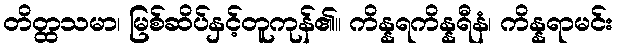
တိတ္ထသမာ၊ မြစ်ဆိပ်နှင့်တူကုန်၏။ ကိန္နရကိန္နရီနံ၊ ကိန္နရာမင်း